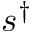
s ^ { \dagger }